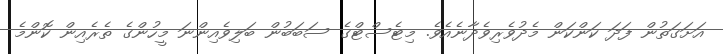
އަށަގަތުން ފަދަ ކަންކަން މެދުވެރިވެދާނެއެވެ. މިޓެސްޓްގެ ސަބަބުން ބަލިވެއިންނަ މީހުންގެ ތެރެއިން ކޮންމެ